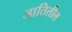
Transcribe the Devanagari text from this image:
जातितील